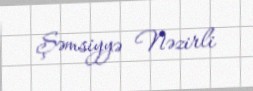
Şəmsiyyə Nəzirli